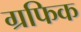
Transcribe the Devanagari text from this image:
ग्रफिक